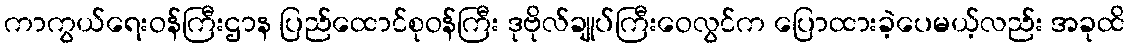
ကာကွယ်ရေးဝန်ကြီးဌာန ပြည်ထောင်စုဝန်ကြီး ဒုဗိုလ်ချုပ်ကြီးဝေလွင်က ပြောထားခဲ့ပေမယ့်လည်း အခုထိ